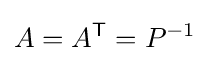
A=A^{\mathsf {T}}=P^{-1}